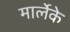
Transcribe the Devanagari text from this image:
मार्लेके